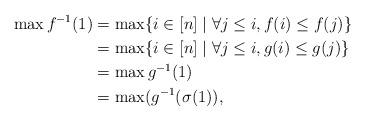
LaTeX: \begin{align*}\max f^{-1}(1)&=\max\{ i\in [n]\mid \forall j\leq i, f(i)\leq f(j)\}\\&=\max\{i\in [n]\mid \forall j\leq i, g(i)\leq g(j)\}\\&=\max g^{-1}(1)\\&=\max(g^{-1}(\sigma(1)),\end{align*}